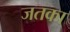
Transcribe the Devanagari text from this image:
जतका